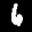
Label: 6